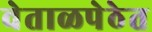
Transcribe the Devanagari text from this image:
वेताळपेठेत